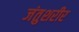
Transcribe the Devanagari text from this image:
जंतुशरीर